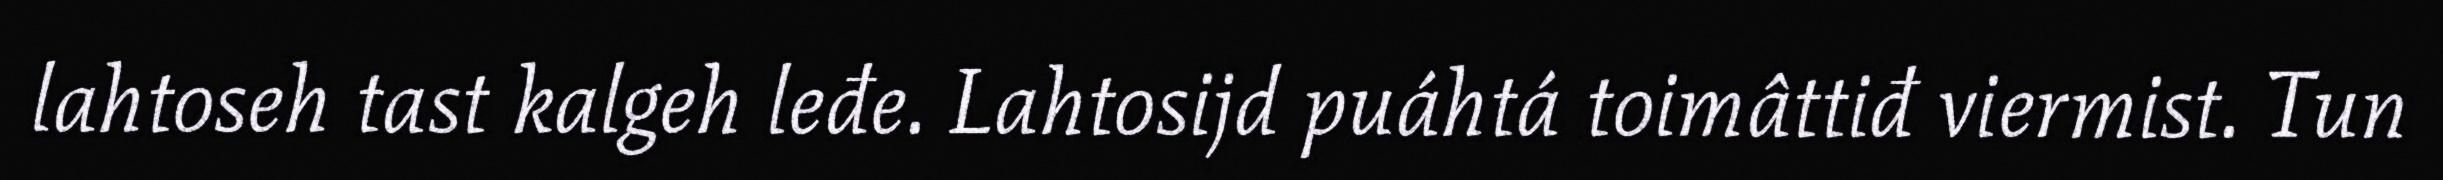
lahtoseh tast kalgeh leđe. Lahtosijd puáhtá toimâttiđ viermist. Tun